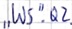
Text: "WS".Q2